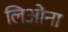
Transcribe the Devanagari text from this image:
लिओना